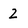
Character: 2